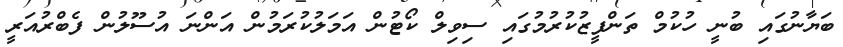
ބަޔާނުގައި ބުނީ ހުކުމް ތަަންފީޒުކުރުމުގައި ސިވިލް ކޯޓުން އަމަލުކުރަމުން އަންނަ އުސޫލުން ފެބްރުއަރީ